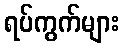
ရပ်ကွက်များ